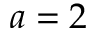
a = 2